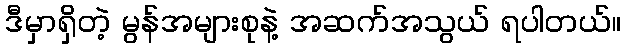
ဒီမှာရှိတဲ့ မွန်အများစုနဲ့ အဆက်အသွယ် ရပါတယ်။